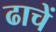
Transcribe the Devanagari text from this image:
ढाचें